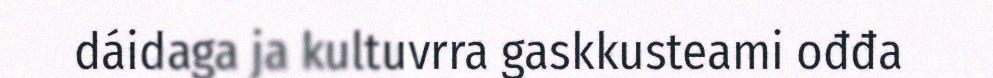
dáidaga ja kultuvrra gaskkusteami ođđa